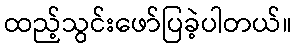
ထည့်သွင်းဖော်ပြခဲ့ပါတယ်။